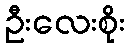
ဦးလေးစိုး